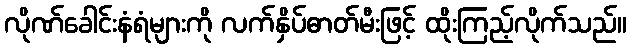
လိုဏ်ခေါင်းနံရံများကို လက်နှိပ်ဓာတ်မီးဖြင့် ထိုးကြည့်လိုက်သည်။